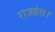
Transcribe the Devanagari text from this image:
राजहंस।